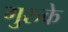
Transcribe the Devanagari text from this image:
गुरुके